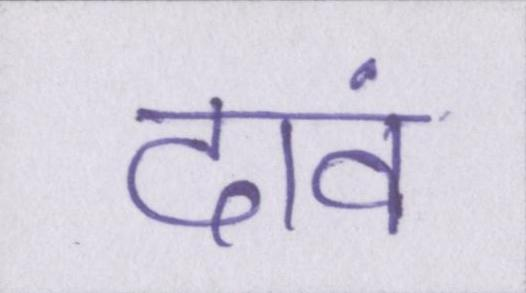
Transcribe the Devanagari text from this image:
दावं